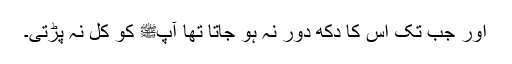
اور جب تک اس کا دکھ دور نہ ہو جاتا تھا آپﷺ کو کل نہ پڑتی۔